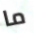
ما